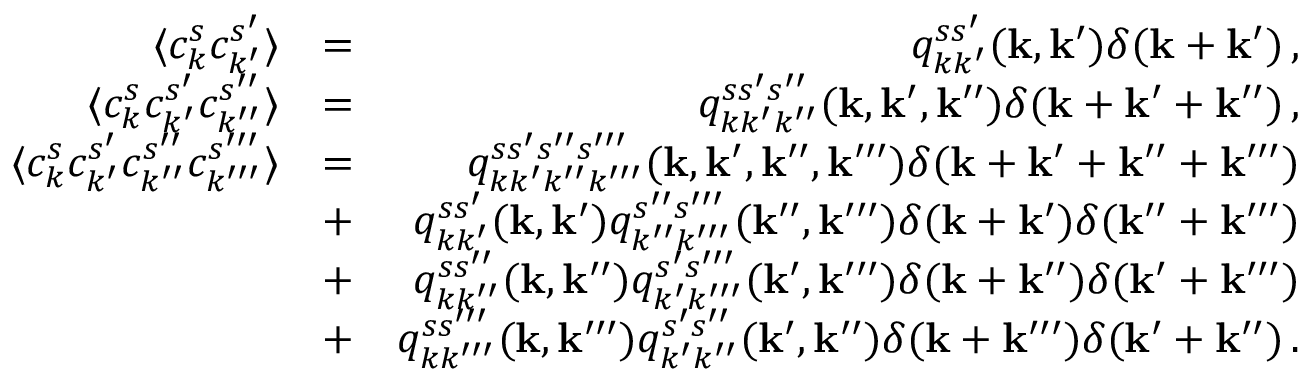
\begin{array} { r l r } { \langle c _ { k } ^ { s } c _ { k ^ { \prime } } ^ { s ^ { \prime } } \rangle } & { = } & { q _ { k k ^ { \prime } } ^ { s s ^ { \prime } } ( { \bf k } , { \bf k } ^ { \prime } ) \delta ( { \bf k } + { \bf k } ^ { \prime } ) \, , } \\ { \langle c _ { k } ^ { s } c _ { k ^ { \prime } } ^ { s ^ { \prime } } c _ { k ^ { \prime \prime } } ^ { s ^ { \prime \prime } } \rangle } & { = } & { q _ { k k ^ { \prime } k ^ { \prime \prime } } ^ { s s ^ { \prime } s ^ { \prime \prime } } ( { \bf k } , { \bf k } ^ { \prime } , { \bf k } ^ { \prime \prime } ) \delta ( { \bf k } + { \bf k } ^ { \prime } + { \bf k } ^ { \prime \prime } ) \, , } \\ { \langle c _ { k } ^ { s } c _ { k ^ { \prime } } ^ { s ^ { \prime } } c _ { k ^ { \prime \prime } } ^ { s ^ { \prime \prime } } c _ { k ^ { \prime \prime \prime } } ^ { s ^ { \prime \prime \prime } } \rangle } & { = } & { q _ { k k ^ { \prime } k ^ { \prime \prime } k ^ { \prime \prime \prime } } ^ { s s ^ { \prime } s ^ { \prime \prime } s ^ { \prime \prime \prime } } ( { \bf k } , { \bf k } ^ { \prime } , { \bf k } ^ { \prime \prime } , { \bf k } ^ { \prime \prime \prime } ) \delta ( { \bf k } + { \bf k } ^ { \prime } + { \bf k } ^ { \prime \prime } + { \bf k } ^ { \prime \prime \prime } ) } \\ & { + } & { q _ { k k ^ { \prime } } ^ { s s ^ { \prime } } ( { \bf k } , { \bf k } ^ { \prime } ) q _ { k ^ { \prime \prime } k ^ { \prime \prime \prime } } ^ { s ^ { \prime \prime } s ^ { \prime \prime \prime } } ( { \bf k } ^ { \prime \prime } , { \bf k } ^ { \prime \prime \prime } ) \delta ( { \bf k } + { \bf k } ^ { \prime } ) \delta ( { \bf k } ^ { \prime \prime } + { \bf k } ^ { \prime \prime \prime } ) } \\ & { + } & { q _ { k k ^ { \prime \prime } } ^ { s s ^ { \prime \prime } } ( { \bf k } , { \bf k } ^ { \prime \prime } ) q _ { k ^ { \prime } k ^ { \prime \prime \prime } } ^ { s ^ { \prime } s ^ { \prime \prime \prime } } ( { \bf k } ^ { \prime } , { \bf k } ^ { \prime \prime \prime } ) \delta ( { \bf k } + { \bf k } ^ { \prime \prime } ) \delta ( { \bf k } ^ { \prime } + { \bf k } ^ { \prime \prime \prime } ) } \\ & { + } & { q _ { k k ^ { \prime \prime \prime } } ^ { s s ^ { \prime \prime \prime } } ( { \bf k } , { \bf k } ^ { \prime \prime \prime } ) q _ { k ^ { \prime } k ^ { \prime \prime } } ^ { s ^ { \prime } s ^ { \prime \prime } } ( { \bf k } ^ { \prime } , { \bf k } ^ { \prime \prime } ) \delta ( { \bf k } + { \bf k } ^ { \prime \prime \prime } ) \delta ( { \bf k } ^ { \prime } + { \bf k } ^ { \prime \prime } ) \, . } \end{array}